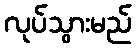
လုပ်သွားမည်